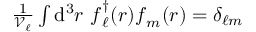
\begin{array} { r } { \frac { 1 } { \mathcal { V } _ { \ell } } \int \mathrm { d } ^ { 3 } r ~ \boldsymbol { f } _ { \ell } ^ { \dagger } ( \boldsymbol { r } ) \boldsymbol { f } _ { m } ( \boldsymbol { r } ) = \delta _ { \ell m } } \end{array}